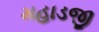
મહાડજી